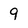
Character: 9